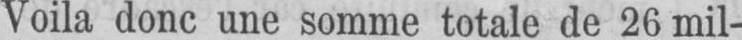
Voila donc une somme totale de 26 mil-